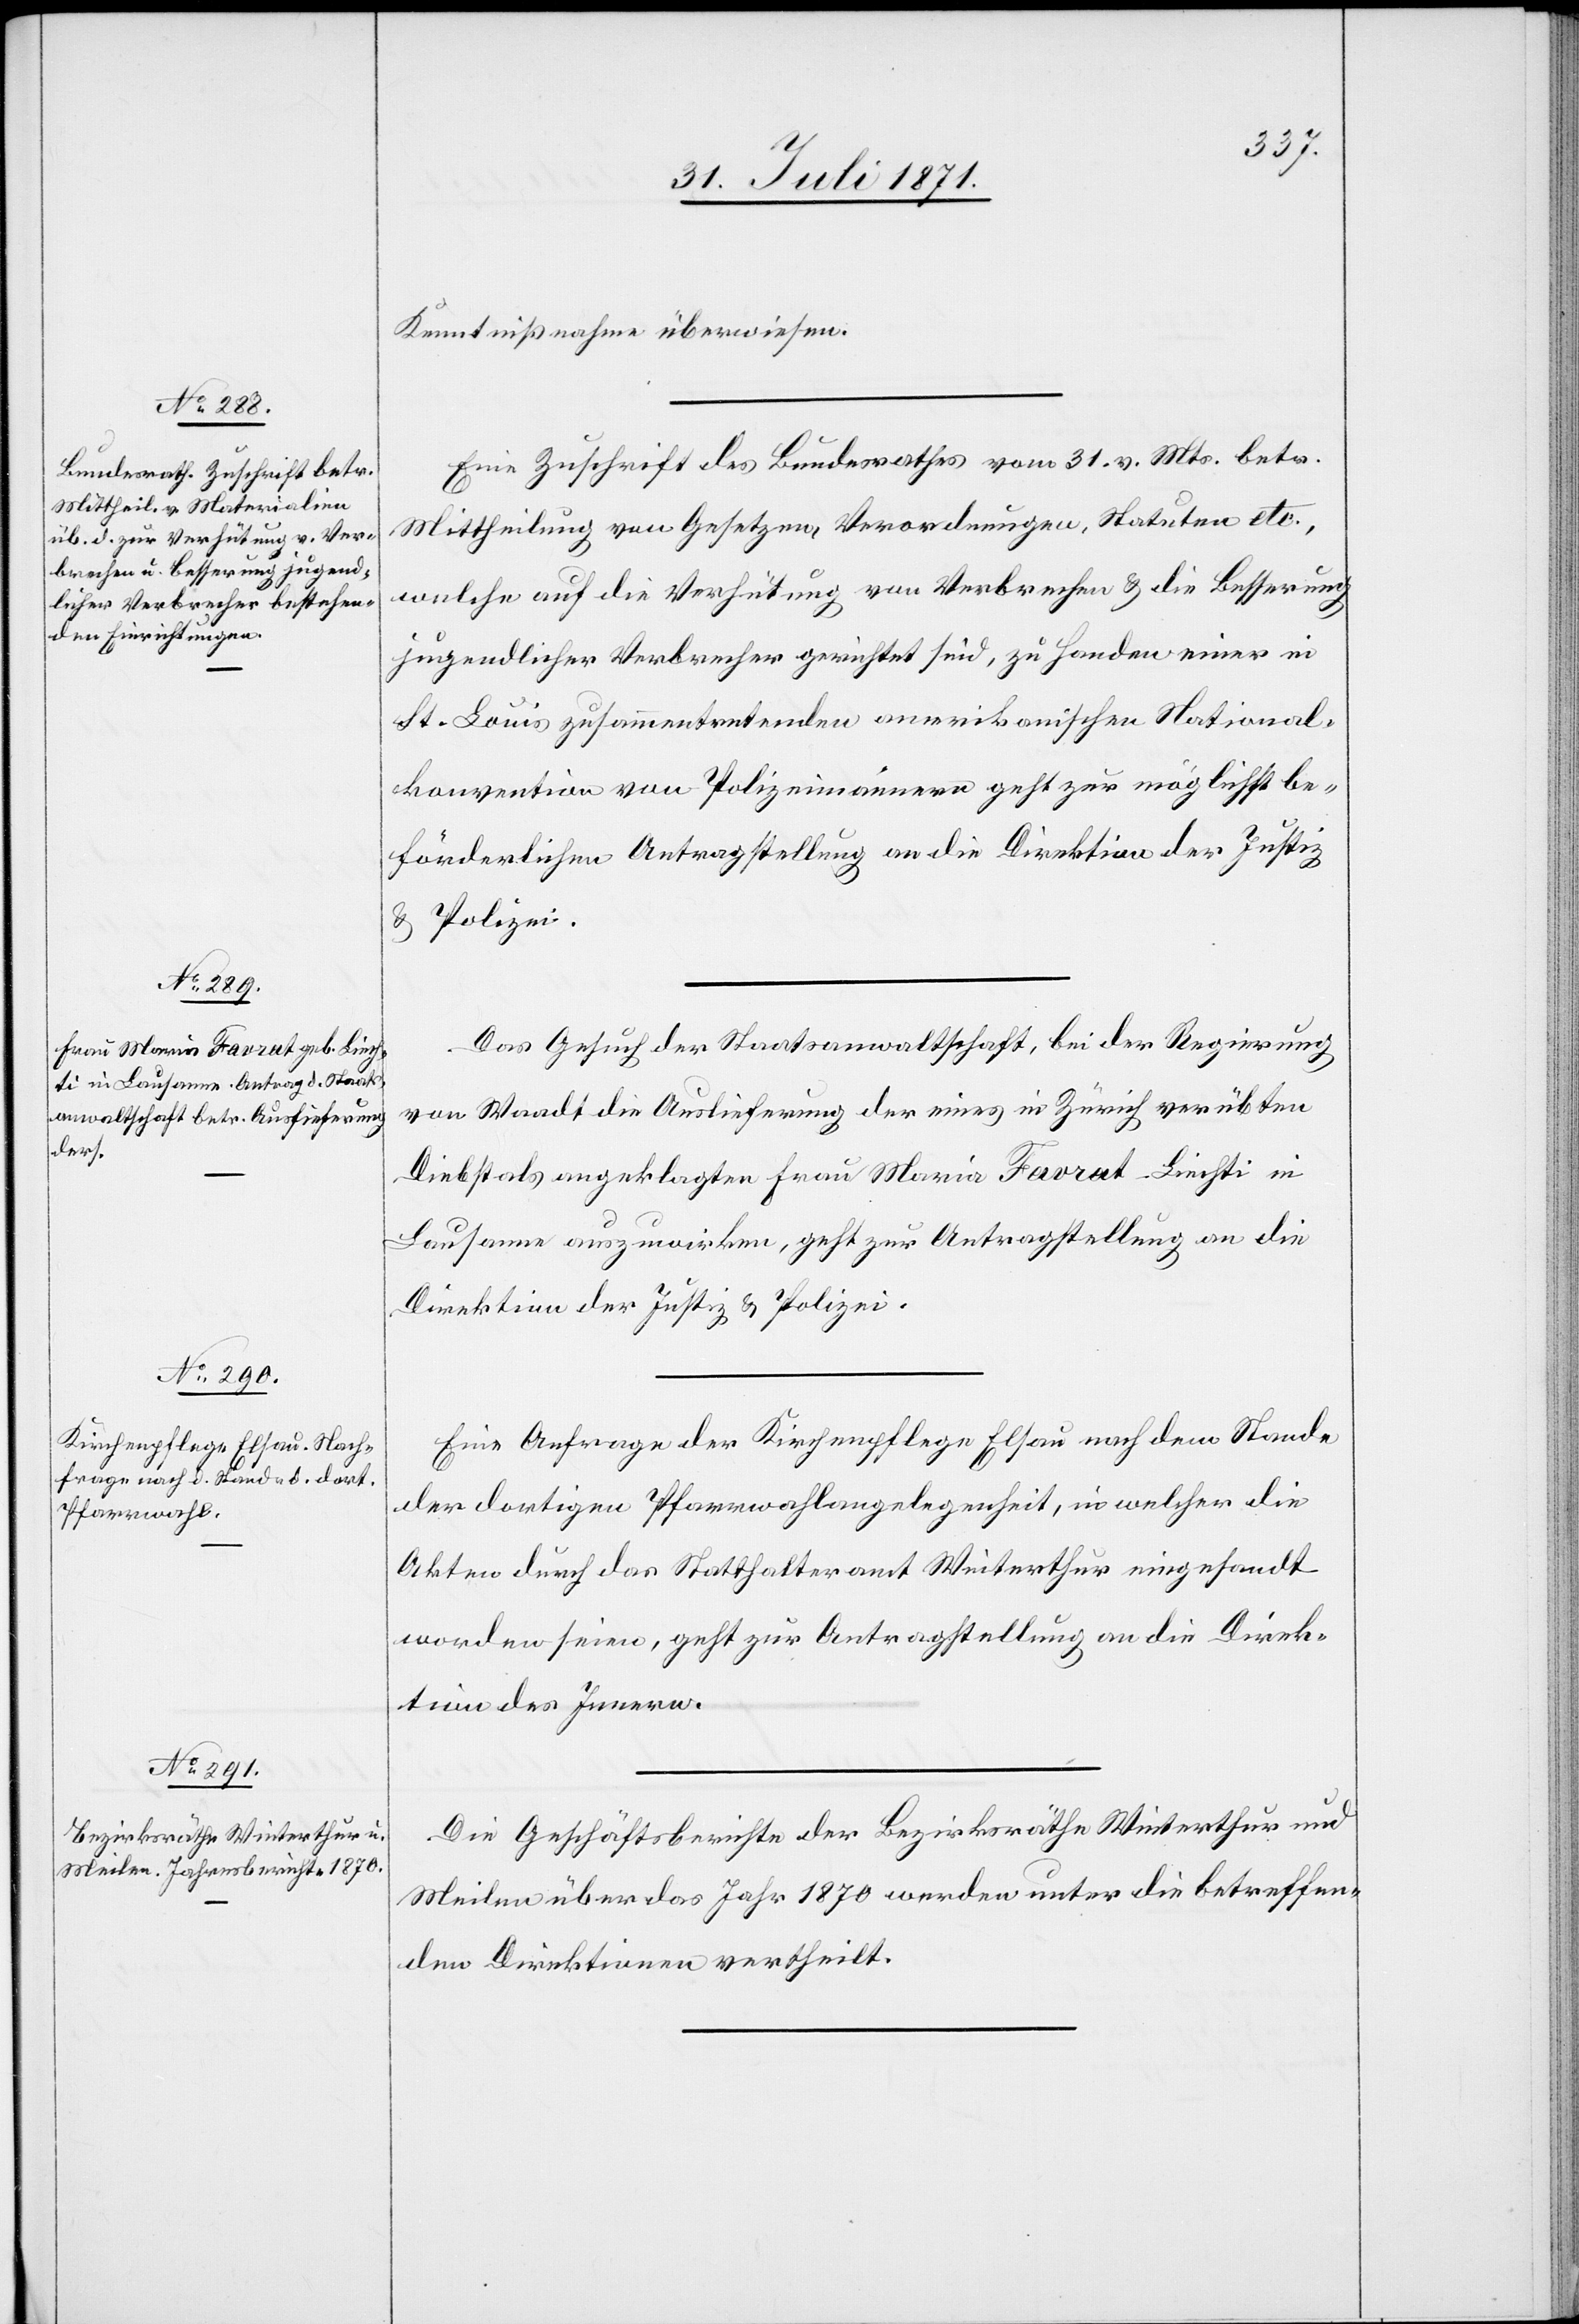
Kenntnißnahme überwiesen.
Eine Zuschrift des Bundesrathes vom 31. v. Mts. betr.
Mittheilung von Gesetzen, Verordnungen, Statuten etc.,
welche auf die Verhütung von Verbrechen u. die Besserung
jugendlicher Verbrecher gerichtet sind, zu Handen einer in
St. Louis zusammentretenden amerikanischen National¬
konvention von Polizeimännern geht zur möglichst be¬
förderlichen Antragstellung an die Direktion der Justiz
u. Polizei.
Das Gesuch der Staatsanwaltschaft, bei der Regierung
von Waadt die Auslieferung der eines in Zürich verübten
Diebstals angeklagten Frau Maria Favrat-Liechti in
Lausanne auszuwirken, geht zur Antragstellung an die
Direktion der Justiz u. Polizei.
Eine Anfrage der Kirchenpflege Elsau nach dem Stande
der dortigen Pfarrwahlangelegenheit, in welcher die
Akten durch das Statthalteramt Winterthur eingesandt
worden seien, geht zur Antragstellung an die Direk¬
tion des Innern.
Die Geschäftsberichte der Bezirksräthe Winterthur und
Meilen über das Jahr 1870 werden unter die betreffen¬
den Direktionen verteilt.